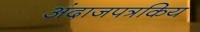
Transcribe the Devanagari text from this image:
अंदाजपत्रकिय